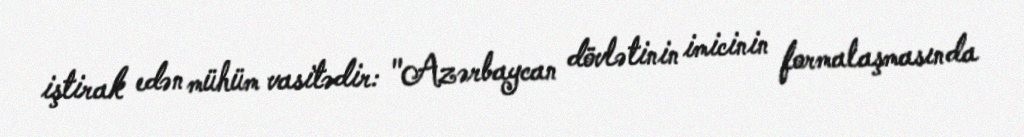
iştirak edən mühüm vasitədir: "Azərbaycan dövlətinin imicinin formalaşmasında